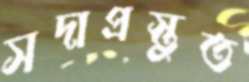
সদাপ্রস্তুত